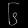
Digit: ၆